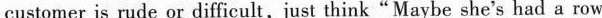
customer is rude or difficult,just thing Maybe she s had a row